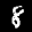
Label: 8